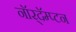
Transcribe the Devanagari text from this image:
नॉर्‌दॅम्प्टन